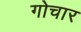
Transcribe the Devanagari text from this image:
गोचार